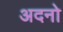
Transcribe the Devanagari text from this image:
अदनो